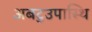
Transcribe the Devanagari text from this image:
अबटुउपास्थि